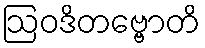
ဩဝဒိတဗ္ဗောတိ